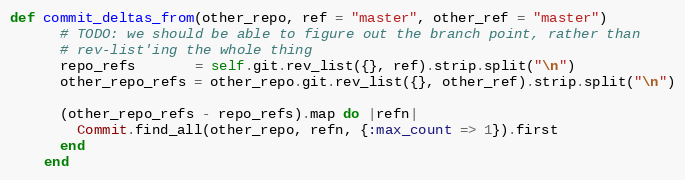
Language: Ruby
def commit_deltas_from(other_repo, ref = "master", other_ref = "master")
      # TODO: we should be able to figure out the branch point, rather than
      # rev-list'ing the whole thing
      repo_refs       = self.git.rev_list({}, ref).strip.split("\n")
      other_repo_refs = other_repo.git.rev_list({}, other_ref).strip.split("\n")

      (other_repo_refs - repo_refs).map do |refn|
        Commit.find_all(other_repo, refn, {:max_count => 1}).first
      end
    end